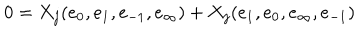
0 = X _ { j } ( e _ { 0 } , e _ { 1 } , e _ { - 1 } , e _ { \infty } ) + X _ { j } ( e _ { 1 } , e _ { 0 } , e _ { \infty } , e _ { - 1 } )